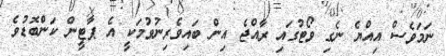
ނަމަވެސް އިއްޔެ ނެގި ވޯޓުގައި ރާއްޖެ އިން ބައިވެރިނުވުމަކީ އެ ޕާޓީން ކަންބޮޑުވެ